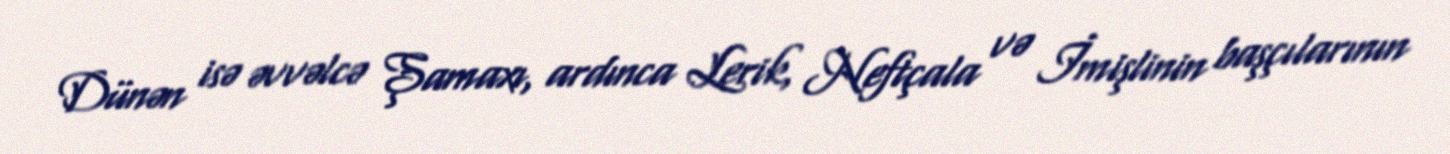
Dünən isə əvvəlcə Şamaxı, ardınca Lerik, Neftçala və İmişlinin başçılarının